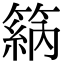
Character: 䈫